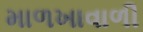
માળખાવાળી